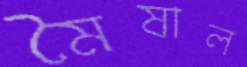
মৈষাল